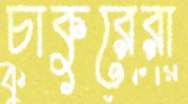
চাকুরেরা